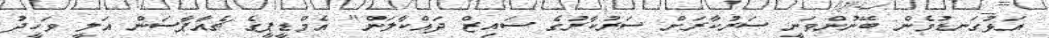
އަޅުގަނޑުމެން ބޭނުންވަނީ ސަރުކާރަށް ސަރުކާރުގެ ސައިޒް ދައްކާލަން" އެމްޑީޕީގެ ޗެއާޕާސަން އަލީ ވަހީދު